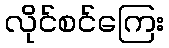
လိုင်စင်ကြေး